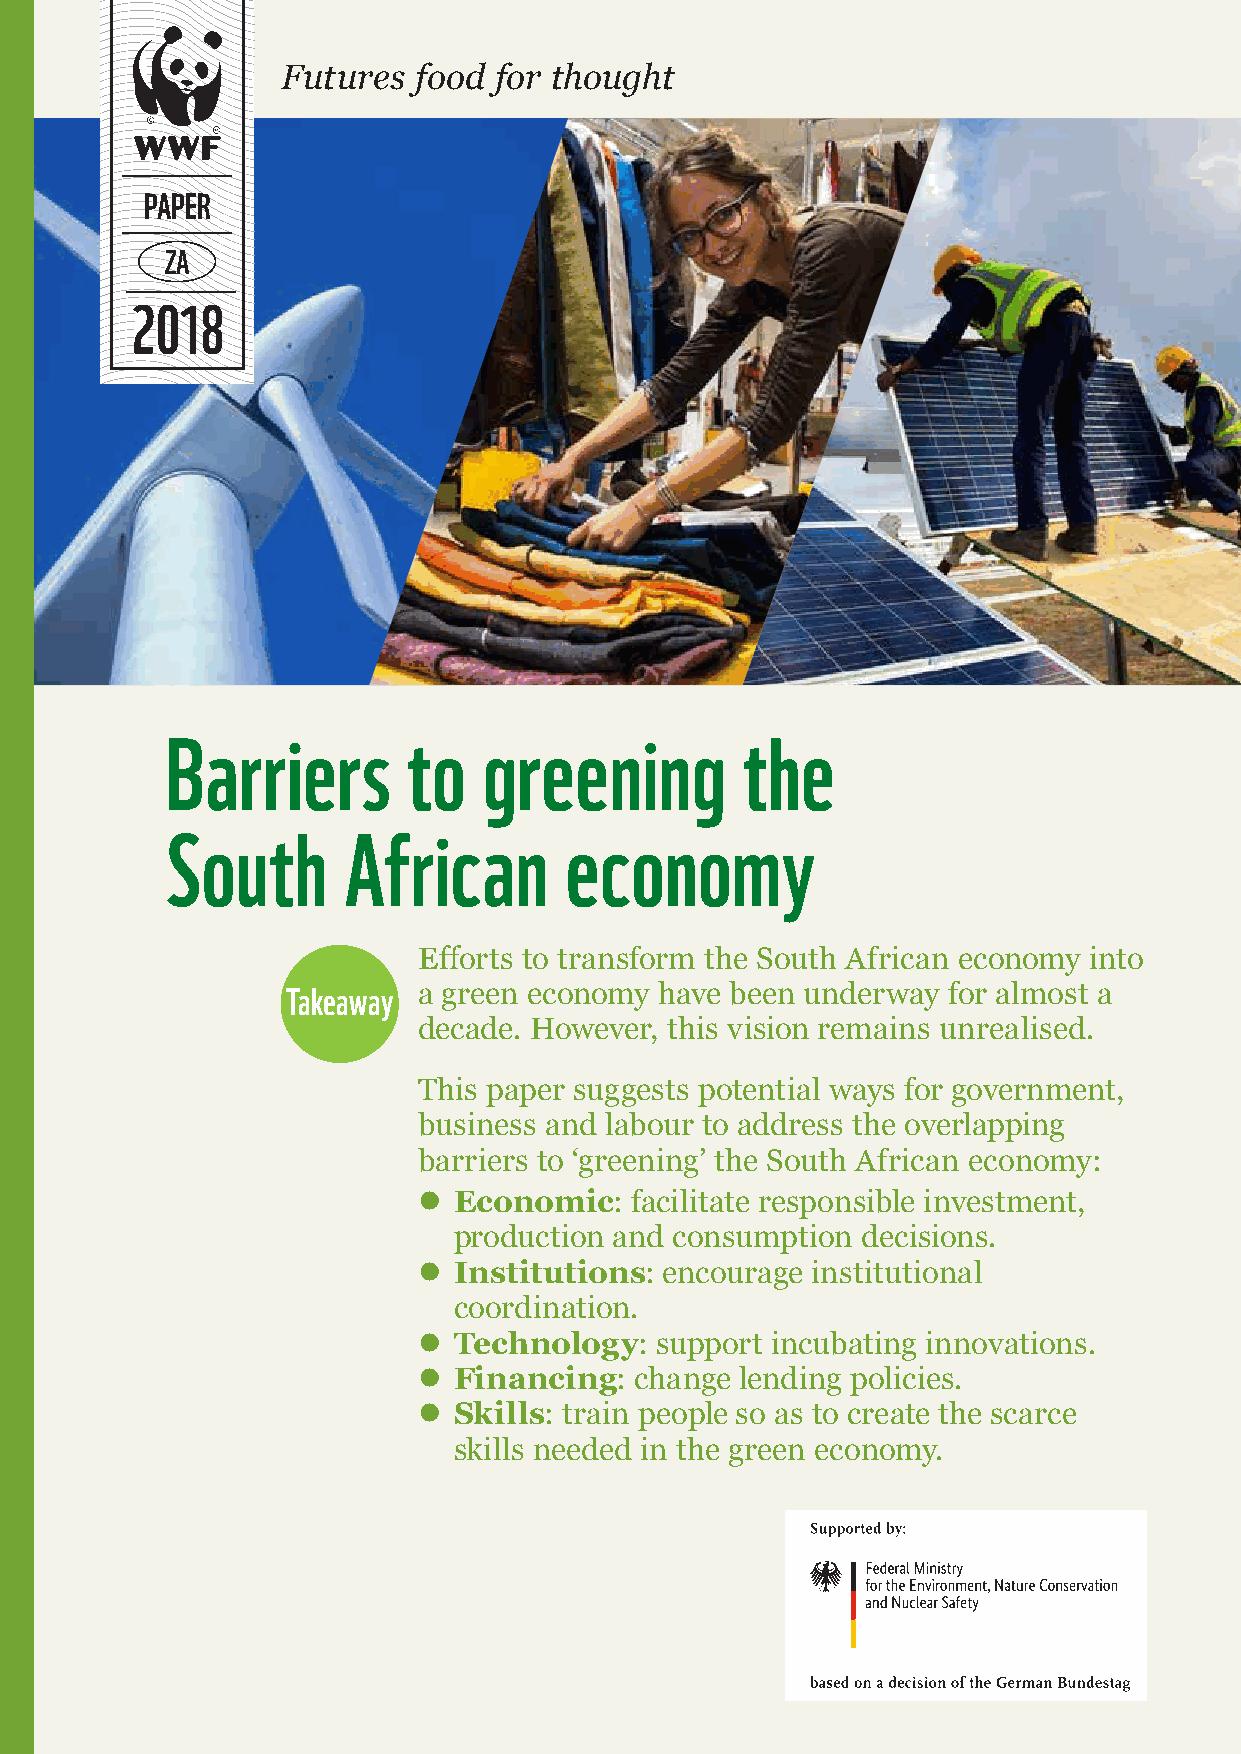
Futures food  for thought
 PAPER
 ZA
 2018
 Barriers        to   greening         the
 South       African       economy
 Efforts to transform the South African economy into
 Takeaway a green economy have been underway for almost a
 decade. However, this vision remains unrealised.
 This paper suggests potential ways for government,
 business and labour to address the overlapping
 barriers to ‘greening’ the South African economy:
 z Economic:   facilitate responsible investment,
 production and consumption decisions.
 z Institutions: encourage institutional
 coordination.
 z Technology:  support incubating innovations.
 z Financing:  change lending policies.
 z Skills: train people so as to create the scarce
 skills needed in the green economy.